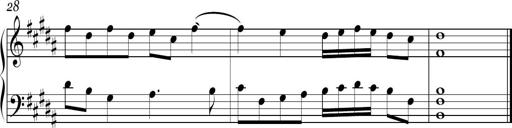
Title: Ten Piano Sonatinas
Composer: Andreas Sain